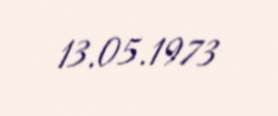
13.05.1973